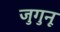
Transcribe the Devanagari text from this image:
जुगुनू